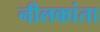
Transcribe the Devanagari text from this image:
नीलकांता